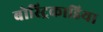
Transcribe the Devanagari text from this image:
बोस्ट्रिकाडिया